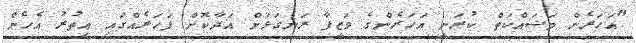
"އަހަރެން މަސައްކަތް ކުރަނީ އަހަރެންގެ ވަޒީފާ ރަނގަޅަށް އަދާކޮށް ފަހަރެއްގައި އިތުރު އެހެން